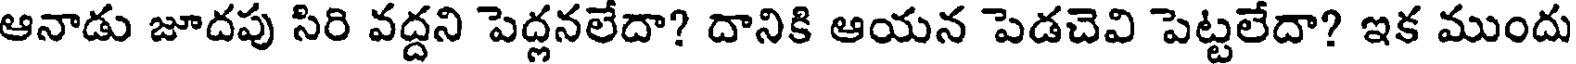
ఆనాడు జూదపు సిరి వద్దని పెద్లనలేదా? దానికి ఆయన పెడచెవి పెట్టలేదా? ఇక ముందు